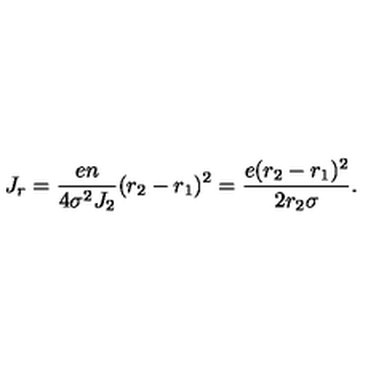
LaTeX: J _ { r } = { \frac { e n } { 4 \sigma ^ { 2 } J _ { 2 } } } ( r _ { 2 } - r _ { 1 } ) ^ { 2 } = { \frac { e ( r _ { 2 } - r _ { 1 } ) ^ { 2 } } { 2 r _ { 2 } \sigma } } .